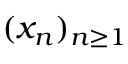
( x _ { n } ) _ { n \geq 1 }